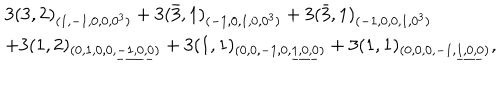
\begin{array} { l } { { 3 ( 3 , 2 ) _ { ( 1 , - 1 , 0 , 0 , 0 ^ { 3 } ) } + 3 ( \bar { 3 } , 1 ) _ { ( - 1 , 0 , 1 , 0 , 0 ^ { 3 } ) } + 3 ( \bar { 3 } , 1 ) _ { ( - 1 , 0 , 0 , 1 , 0 ^ { 3 } ) } } } \\ { { + 3 ( 1 , 2 ) _ { ( 0 , 1 , 0 , 0 , \underline { { { - 1 , 0 , 0 } } } ) } + 3 ( 1 , 1 ) _ { ( 0 , 0 , - 1 , 0 , \underline { { { 1 , 0 , 0 } } } ) } + 3 ( 1 , 1 ) _ { ( 0 , 0 , 0 , - 1 , \underline { { { 1 , 0 , 0 } } } ) } , } } \\ \end{array}